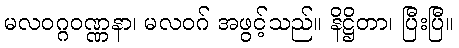
မလဝဂ္ဂဝဏ္ဏနာ၊ မလဝဂ် အဖွင့်သည်။ နိဋ္ဌိတာ၊ ပြီးပြီ။